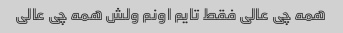
همه چی عالی فقط تایم اونم ولش همه چی عالی